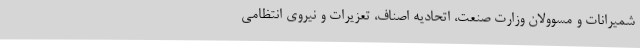
شمیرانات و مسوولان وزارت صنعت، اتحادیه اصناف، تعزیرات و نیروی انتظامی